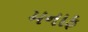
મનાફ